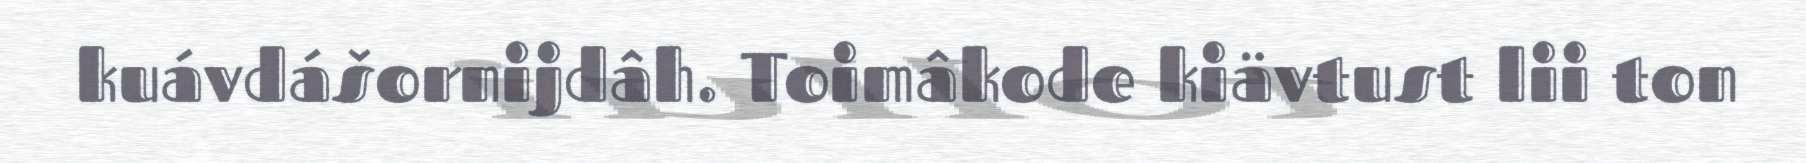
kuávdášornijdâh. Toimâkode kiävtust lii ton